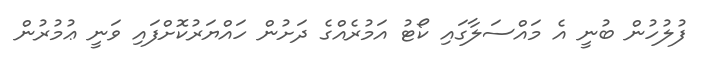
ފުލުހުން ބުނީ އެ މައްސަލާގައި ކޯޓު އަމުރެއްގެ ދަށުން ހައްޔަރުކޮށްފައި ވަނީ ޢުމުރުން